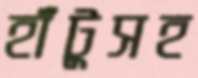
হাঁটুসহ